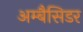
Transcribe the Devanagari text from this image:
अम्बैसिडर